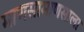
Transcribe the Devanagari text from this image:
माणसामाणसाला